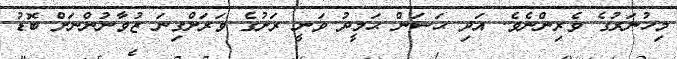
މިހުނަރުގެ ވެރިންނެވެ. އަދި ޙަސަން ޙަމީދު ވަނީ ރަށުގެ ވަރަށްގިނަ ޒުވާނުންނަށް ބޮޑު